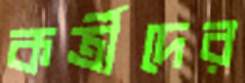
কর্ত্রীদের